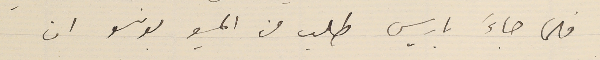
فلما جاءَ باريس طلب من المسيو بونسو ان